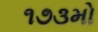
૧૭૩મો